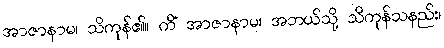
အာဇာနာမ၊ သိကုန်၏။ ကိံ အာဇာနာမ၊ အဘယ်သို့ သိကုန်သနည်း၊